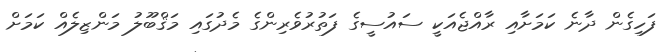
ފަހިގެން ދާނެ ކަމަށާއި ރާއްޖެއަކީ ސައުސީގެ ފަތުރުވެރިންގެ މެދުގައި މަޤްބޫލު މަންޒިލެއް ކަމަށް